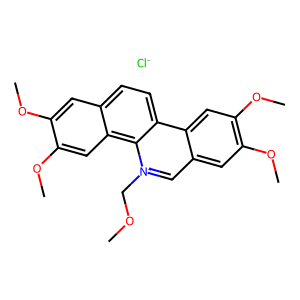
SMILES: COC[n+]1cc2cc(OC)c(OC)cc2c2ccc3cc(OC)c(OC)cc3c21.[Cl-]
Inhibits HIV replication: No